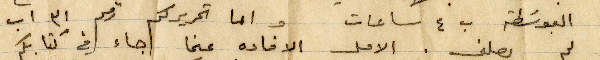
البوسطة ب ٤ ساعات واما تحريركم رقم ۳١ اب